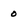
Character: 0